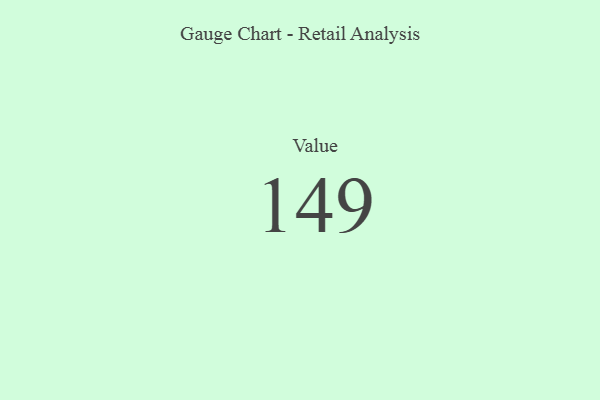
{"axis": {"x": "Metric", "y": "Value"}, "legend": [""], "data": [{"x": "Value", "y": 149, "type": ""}]}